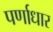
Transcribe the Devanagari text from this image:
पर्णाधार